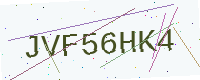
Text: JVF56HK4